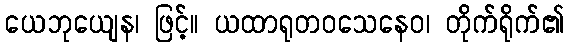
ယေဘုယျေန၊ ဖြင့်။ ယထာရုတဝသေနေဝ၊ တိုက်ရိုက်၏